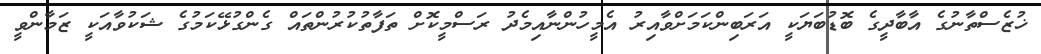
ޚުޒެސްތާނުގެ އާބާދީގެ ބޮޑުބަޔަކީ އަރަބިންކަމަށްވާއިރު އެމީހުންނާއިމެދު ރަސްމީކޮށް ތަފާތުކުރުންތައް ގެންގުޅޭކަމުގެ ޝަކުވާއަކީ ޒަމާންވީ